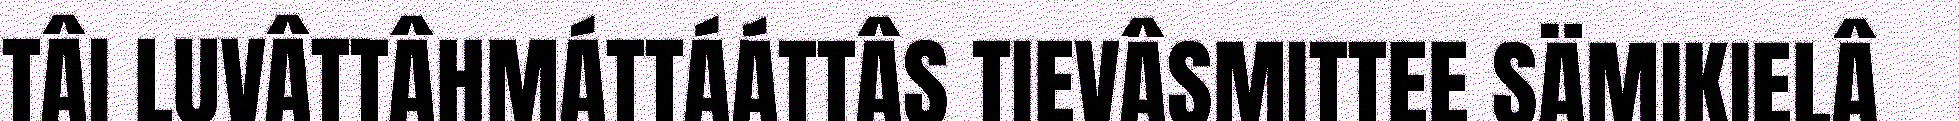
TÂI LUVÂTTÂHMÁTTÁÁTTÂS TIEVÂSMITTEE SÄMIKIELÂ